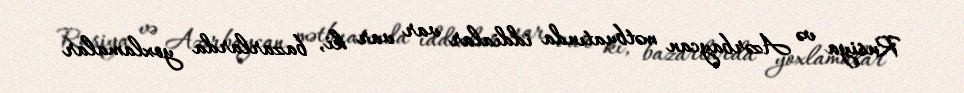
Rusiya və Azərbaycan mətbuatında iddialar var var ki, bazarlarda yoxlamalar